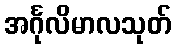
အင်္ဂုလိမာလသုတ်